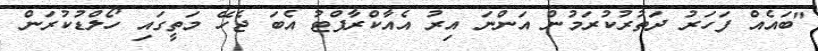
"ބައެއް ފަހަރު ދަތުރުކުރަމުން އަންނަ އިރު އެއާކްރާފްޓު އެބަ ޖެހޭ މަތީގައި ހޯލްޑުކުރަން